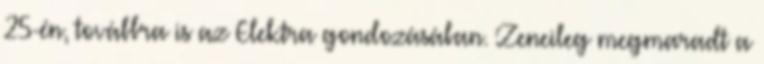
25-én, továbbra is az Elektra gondozásában. Zeneileg megmaradt a